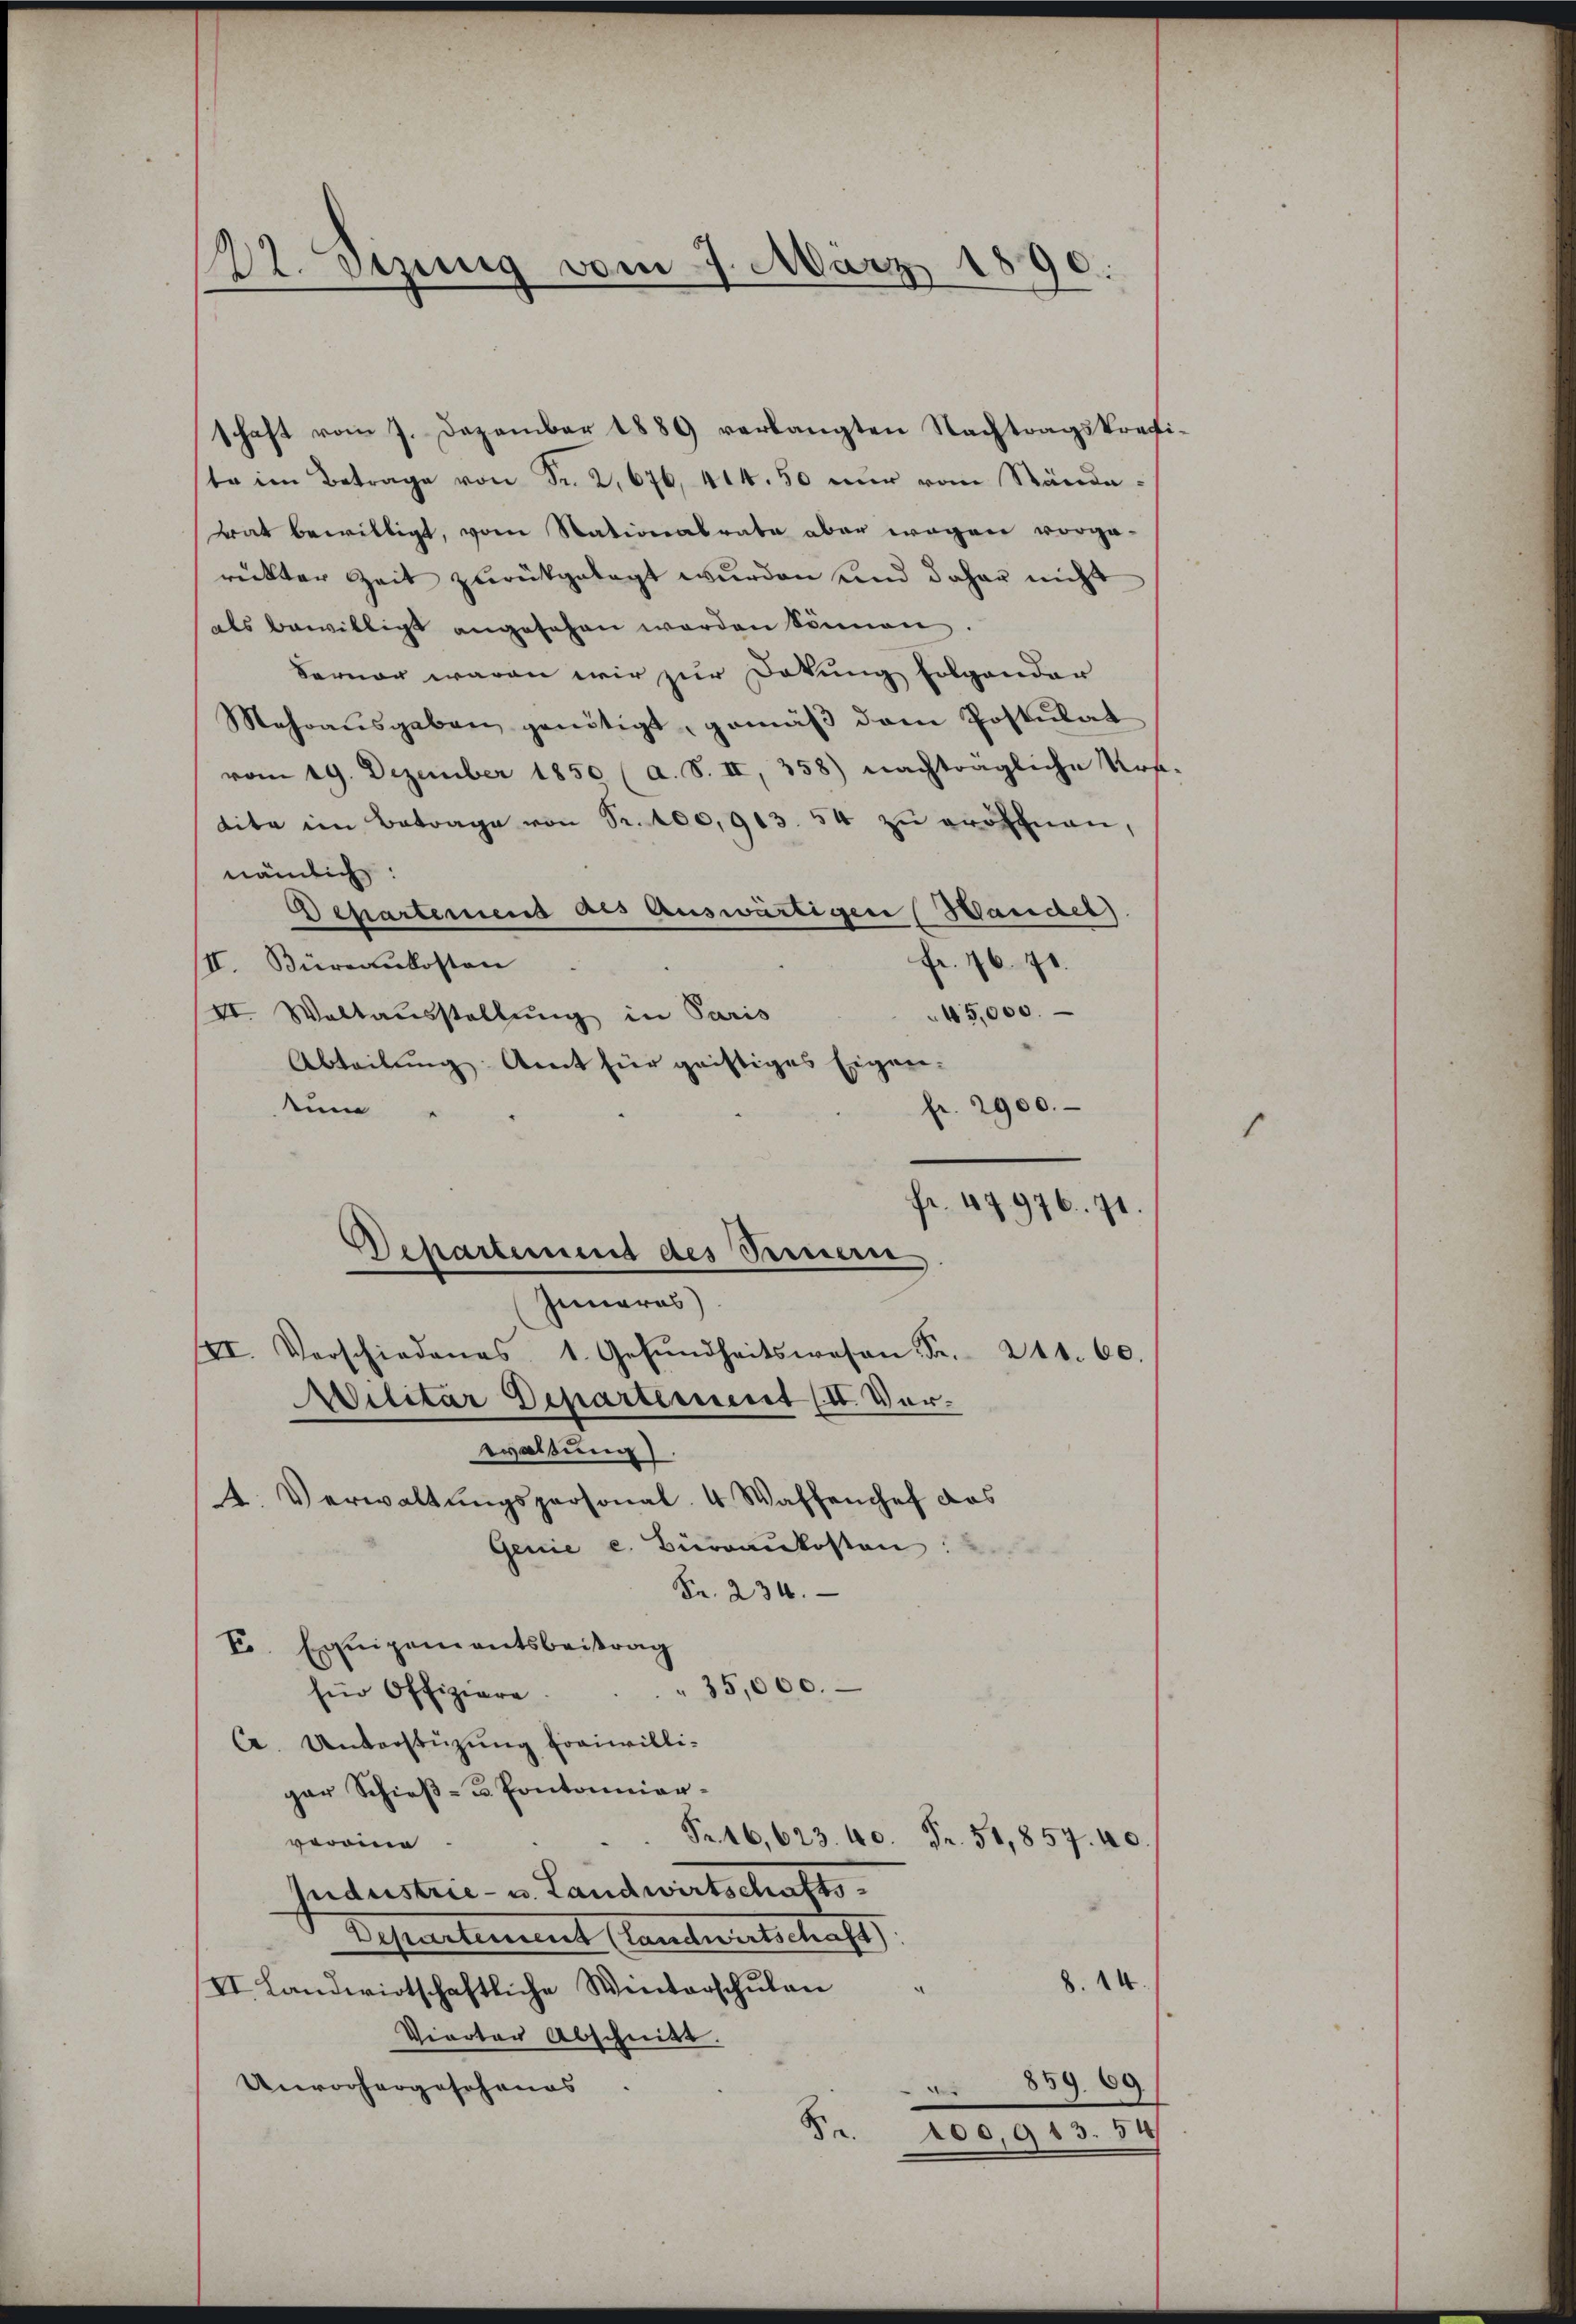
22. Sitzung vom 7. März 1890.

schaft vom 7. Dezember 1889 verlangten Nachtragskrefiste im Betrage von Fr. 2, 676, 414. 50 nur vom Ständetrat bewilligt, vom Stationalrate aber wegen vorge-
rückter Zeit zurückgelegt wurden und daher nicht
als bewilligt angesehen werden können.
Ferner waren wir zur Dokung folgender
Mehraŭsgaben genötigt, gemäβ dem Postulat
vom 19. Dezember 1850 (a. S. II, 358) nachträgliche Urs-
dite im Betrage von Fr. 100,913. 54 zu eröffnen,
nämlich:
Departemend als Auswärtigen Handel)
fr. 76. 71.
II. Büreaukosten
15,000.
VI. Waltausstellung in Paris
Abteilung. Amt für geistiges Eigen-
tum
fr. 2900.
VI. Verschiedens 1. Gesŭndheitswesen Fr. 241. 60.
Militär Departement (IV. Vorwaltung)
4. Verwaltŭngspersonal. 4 Waffenchef das
Genie e. Büreaukosten
Fr. 234.
F. Equipementsbeitrag
35,000.
für Offiziare
C. Unterstüzung freiwilligar Schieß- u. Pontonier¬
Fr. 16,623. 40. Fr. 51,857. 40
voroine
Industrie- u. Landwirtschafts
Departement (landwirtschaft
8. 14.
II. Landwirtschaftliche Winterschŭlan
Vierter Abschnitt.
859. 69
Unvorhergeschenes
A
Pr. 200,913. 54

fr. 47976. 71
Departement des Sennern
Iunaras)